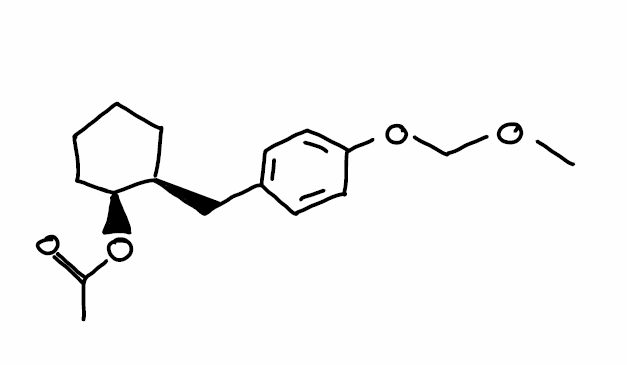
Simplified molecular-input line-entry system (SMILES) notation of the given molecule:
CC(=O)O[C@H]1CCCC[C@H]1CC2=CC=C(C=C2)OCOC